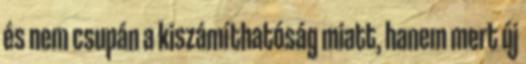
és nem csupán a kiszámíthatóság miatt, hanem mert új